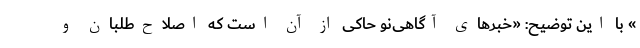
» با این توضیح: «خبرهای آگاهی‌نو حاکی از آن است که اصلاح‌طلبان و